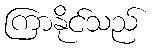
ကြာနိုင်သည်